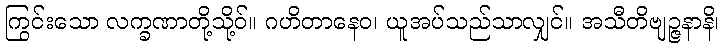
ကြွင်းသော လက္ခဏာတို့သို့ဝ်။ ဂဟိတာနေဝ၊ ယူအပ်သည်သာလျှင်။ အသီတိဗျဉ္ဇနာနိ၊